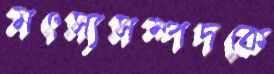
মৎস্যসম্পদকে